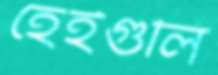
হেইগুলি